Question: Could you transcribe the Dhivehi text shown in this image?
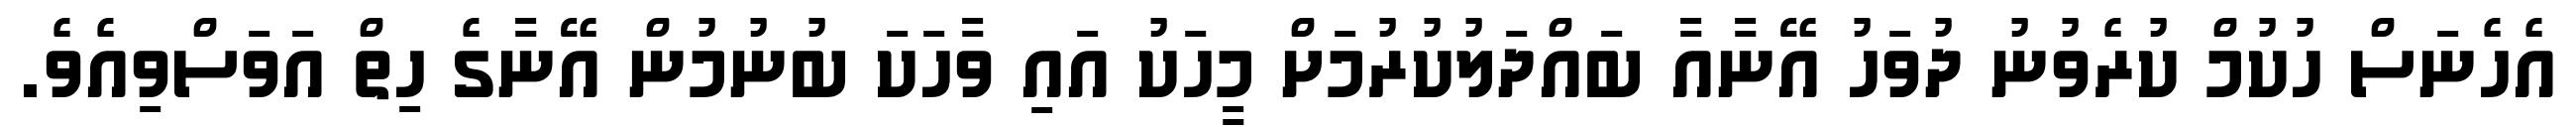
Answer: އެހެނަސް ހުކުމް ކުރެވުނު ދުވަހު އޭނާއާ ބައްދަލުކުރުމަށް މީހަކު އައި ވާހަކަ ބުނުމުން އޭނާގެ ހިތް އަވަސްވިއެވެ.